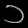
Digit: ၁